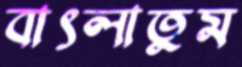
বাৎলাতুম